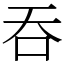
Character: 吞